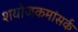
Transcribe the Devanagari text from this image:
शयोजकमांसर्क